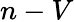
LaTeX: n-V